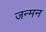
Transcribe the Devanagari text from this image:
जन्मन